Report on horse surra - Volume II, Part II
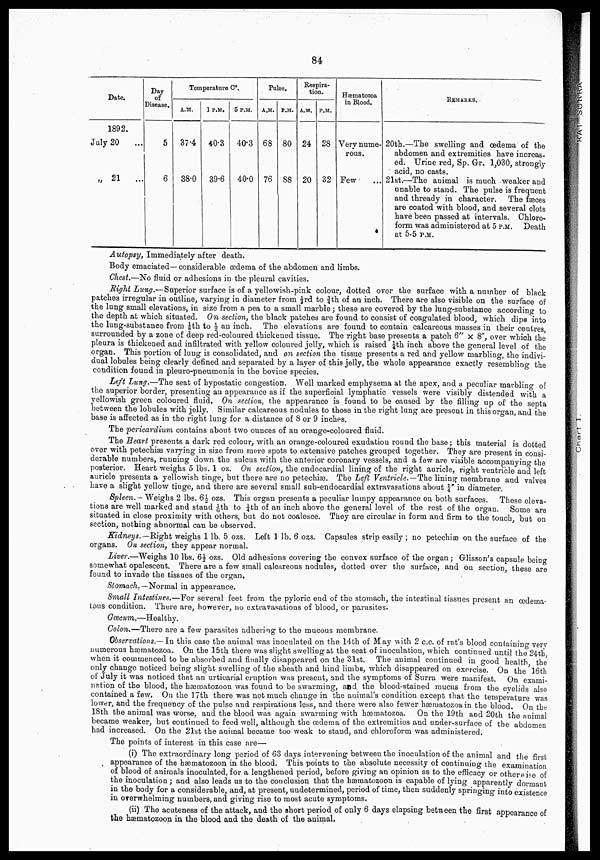
Chart I.
RAT SURRA
84
Date.
1892.
July 20 ...
„ 21
...
Day
of
Disease.
5
6
Temperature C°.
A.M.
37.4
38.0
1 P.M.
40.3
39.6
5 P.M.
40.3
40.0
Pulse.
A.M.
68
76
P.M.
80
88
Respira-
tion.
A.M.
24
20
P.M.
28
32
Hæmatozoa
in Blood.
Very nume-
rous.
Few
REMARKS.
20th.—The swelling and œdema of the
abdomen and extremities have increas-
ed. Urine red, Sp. Gr. 1,030, strongly
acid, no casts.
21st.—The animal is much weaker and
unable to stand. The pulse is frequent
and thready in character. The fæces
are coated with blood, and several clots
have been passed at intervals. Chloro¬
form was administered at 5 P.M. Death
at 5-5 P.M.
Autopsy, Immediately after death.
Body emaciated— considerable œdema of the abdomen and limbs.
Chest.—No fluid or adhesions in the pleural cavities.
Right Lung.—Superior surface is of a yellowish-pink colour, dotted over the surface with a number of black
patches irregular in outline, varying in diameter from 1/3rd to ¾th of an inch. There are also visible on the surface of
the lung small elevations, in size from a pea to a small marble ; these are covered by the lung-substance according to
the depth at which situated. On section, the black patches are found to consist of coagulated blood, which dips into
the lung-substance from 1/8th to ½ an inch. The elevations are found to contain calcareous masses in their centres,
surrounded by a zone of deep red-coloured thickened tissue. The right base presents a patch 6" × 8", over which the
pleura is thickened and infiltrated with yellow coloured jelly, which is raised ¼th inch above the general level of the
organ. This portion of lung is consolidated, and on section the tissue presents a red and yellow marbling, the indivi-
dual lobules being clearly defined and separated by a layer of this jelly, the whole appearance exactly resembling the
condition found in pleuro-pneumonia in the bovine species.
Left Lung.—The seat of hypostatic congestion. Well marked emphysema at the apex, and a peculiar marbling of
the superior border, presenting an appearance as if the superficial lymphatic vessels were visibly distended with a
yellowish green coloured fluid. On section, the appearance is found to be caused by the filling up of the septa
between the lobules with jelly. Similar calcareous nodules to those in the right lung are present in this organ, and the
base is affected as in the right lung for a distance of 8 or 9 inches.
The pericardium contains about two ounces of an orange-coloured fluid.
The Heart presents a dark red colour, with an orange-coloured exudation round the base; this material is dotted
over with petechiæ varying in size from mere spots to extensive patches grouped together. They are present in consi-
derable numbers, running down the sulcus with the anterior coronary vessels, and a few are visible accompanying the
posterior. Heart weighs 5 lbs. 1 oz. On section, the endocardial lining of the right auricle, right ventricle and left
auricle presents a yellowish tinge, but there are no petechiæ. The Left Ventricle.—The lining membrane and valves
have a slight yellow tinge, and there are several small sub-endocardial extravasations about ¼" in diameter.
Spleen.- Weighs 2 lbs. 6½ ozs. This organ presents a peculiar lumpy appearance on both surfaces. These eleva-
tions are well marked and stand 1/6th to ¼th of an inch above the general level of the rest of the organ. Some are
situated in close proximity with others, but do not coalesce. They are circular in form and firm to the touch, but on
section, nothing abnormal can be observed.
Kidneys. —Right weighs 1 lb. 5 ozs. Left 1 lb. 6 ozs. Capsules strip easily ; no petechiæ on the surface of the
organs. On section, they appear normal.
Liver.—Weighs 10 lbs. 6½ ozs. Old adhesions covering the convex surface of the organ ; Glisson's capsule being
somewhat opalescent. There are a few small calcareous nodules, dotted over the surface, and on section, these are
found to invade the tissues of the organ,
Stomach. —Normal in appearance.
Small Intestines.—For several feet from the pyloric end of the stomach, the intestinal tissues present an œdema-
tous condition. There are, however, no extravasations of blood, or parasites.
Cœcum.—Healthy.
Colon.—There are a few parasites adhering to the mucous membrane.
Observations.— In this case the animal was inoculated on the 14th of May with 2 c.c. of rat's blood containing very
numerous hæmatozoa. On the 15th there was slight swelling at the seat of inoculation, which continued until the 24th,
when it commenced to be absorbed and finally disappeared on the 31st. The animal continued in good health, the
only change noticed being slight swelling of the sheath and hind limbs, which disappeared on exercise. On the 16th
of July it was noticed that an urticarial eruption was present, and the symptoms of Surra were manifest. On exami-
nation of the blood, the hæmatozoon was found to be swarming, and the blood-stained mucus from the eyelids also
contained a few. On the 17th there was not much change in the animal's condition except that the temperature was
lower, and the frequency of the pulse and respirations less, and there were also fewer hæmatozoa in the blood. On the
18th the animal was worse, and the blood was again swarming with hæmatozoa. On the 19th and 20th the animal
became weaker, but continued to feed well, although the œdema of the extremities and under-surface of the abdomen
had increased. On the 21st the animal became too weak to stand, and chloroform was administered.
The points of interest in this case are—
(i) The extraordinary long period of 63 days intervening between the inoculation of the animal and the first
appearance of the hæmatozoon in the blood. This points to the absolute necessity of continuing the examination
of blood of animals inoculated, for a lengthened period, before giving an opinion as to the efficacy or otherwise of
the inoculation ; and also leads us to the conclusion that the hæmatozoon is capable of lying apparently dormant
in the body for a considerable, and, at present, undetermined, period of time, then suddenly springing into existence
in overwhelming numbers, and giving rise to most acute symptoms.
(ii) The acuteness of the attack, and the short period of only 6 days elapsing between the first appearance of
the hæmatozoon in the blood and the death of the animal.